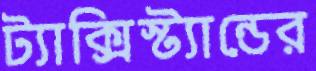
ট্যাক্সিস্ট্যান্ডের